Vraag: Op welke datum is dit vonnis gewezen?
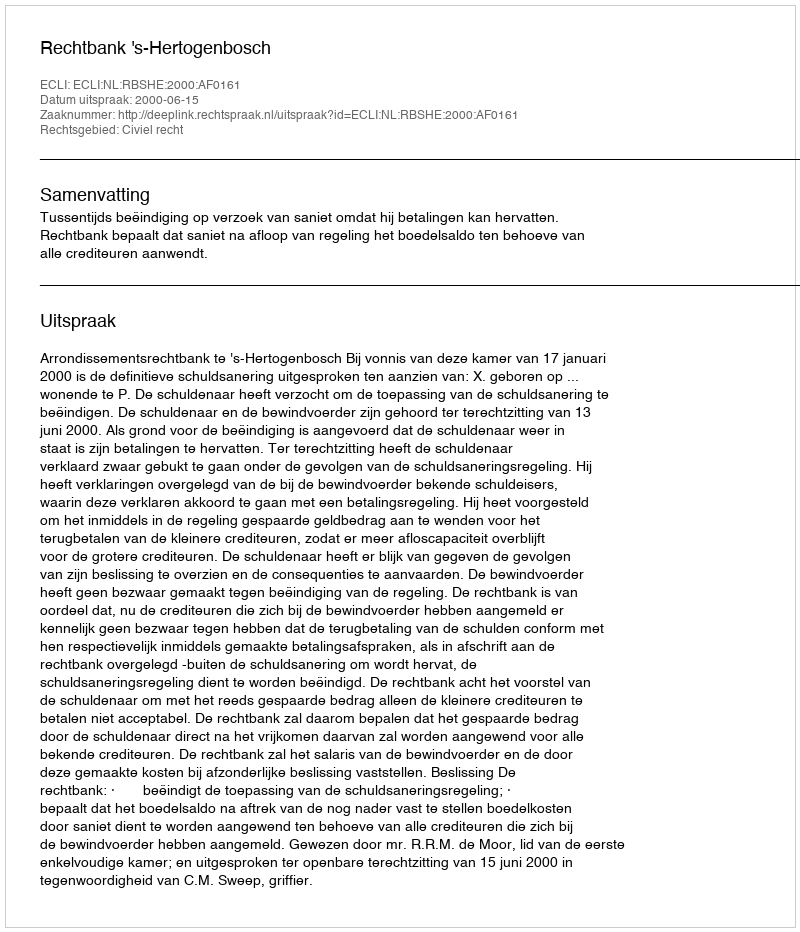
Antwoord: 2000-06-15